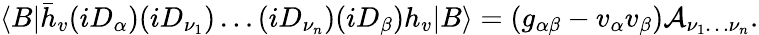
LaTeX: \langle B|\bar{h}_{v}(iD_{\alpha})(iD_{\nu_{1}})\dots(iD_{\nu_{n}})(iD_{\beta})h_{v}|B\rangle=(g_{\alpha\beta}-v_{\alpha}v_{\beta}){\cal A}_{\nu_{1}\dots\nu_{n}}.